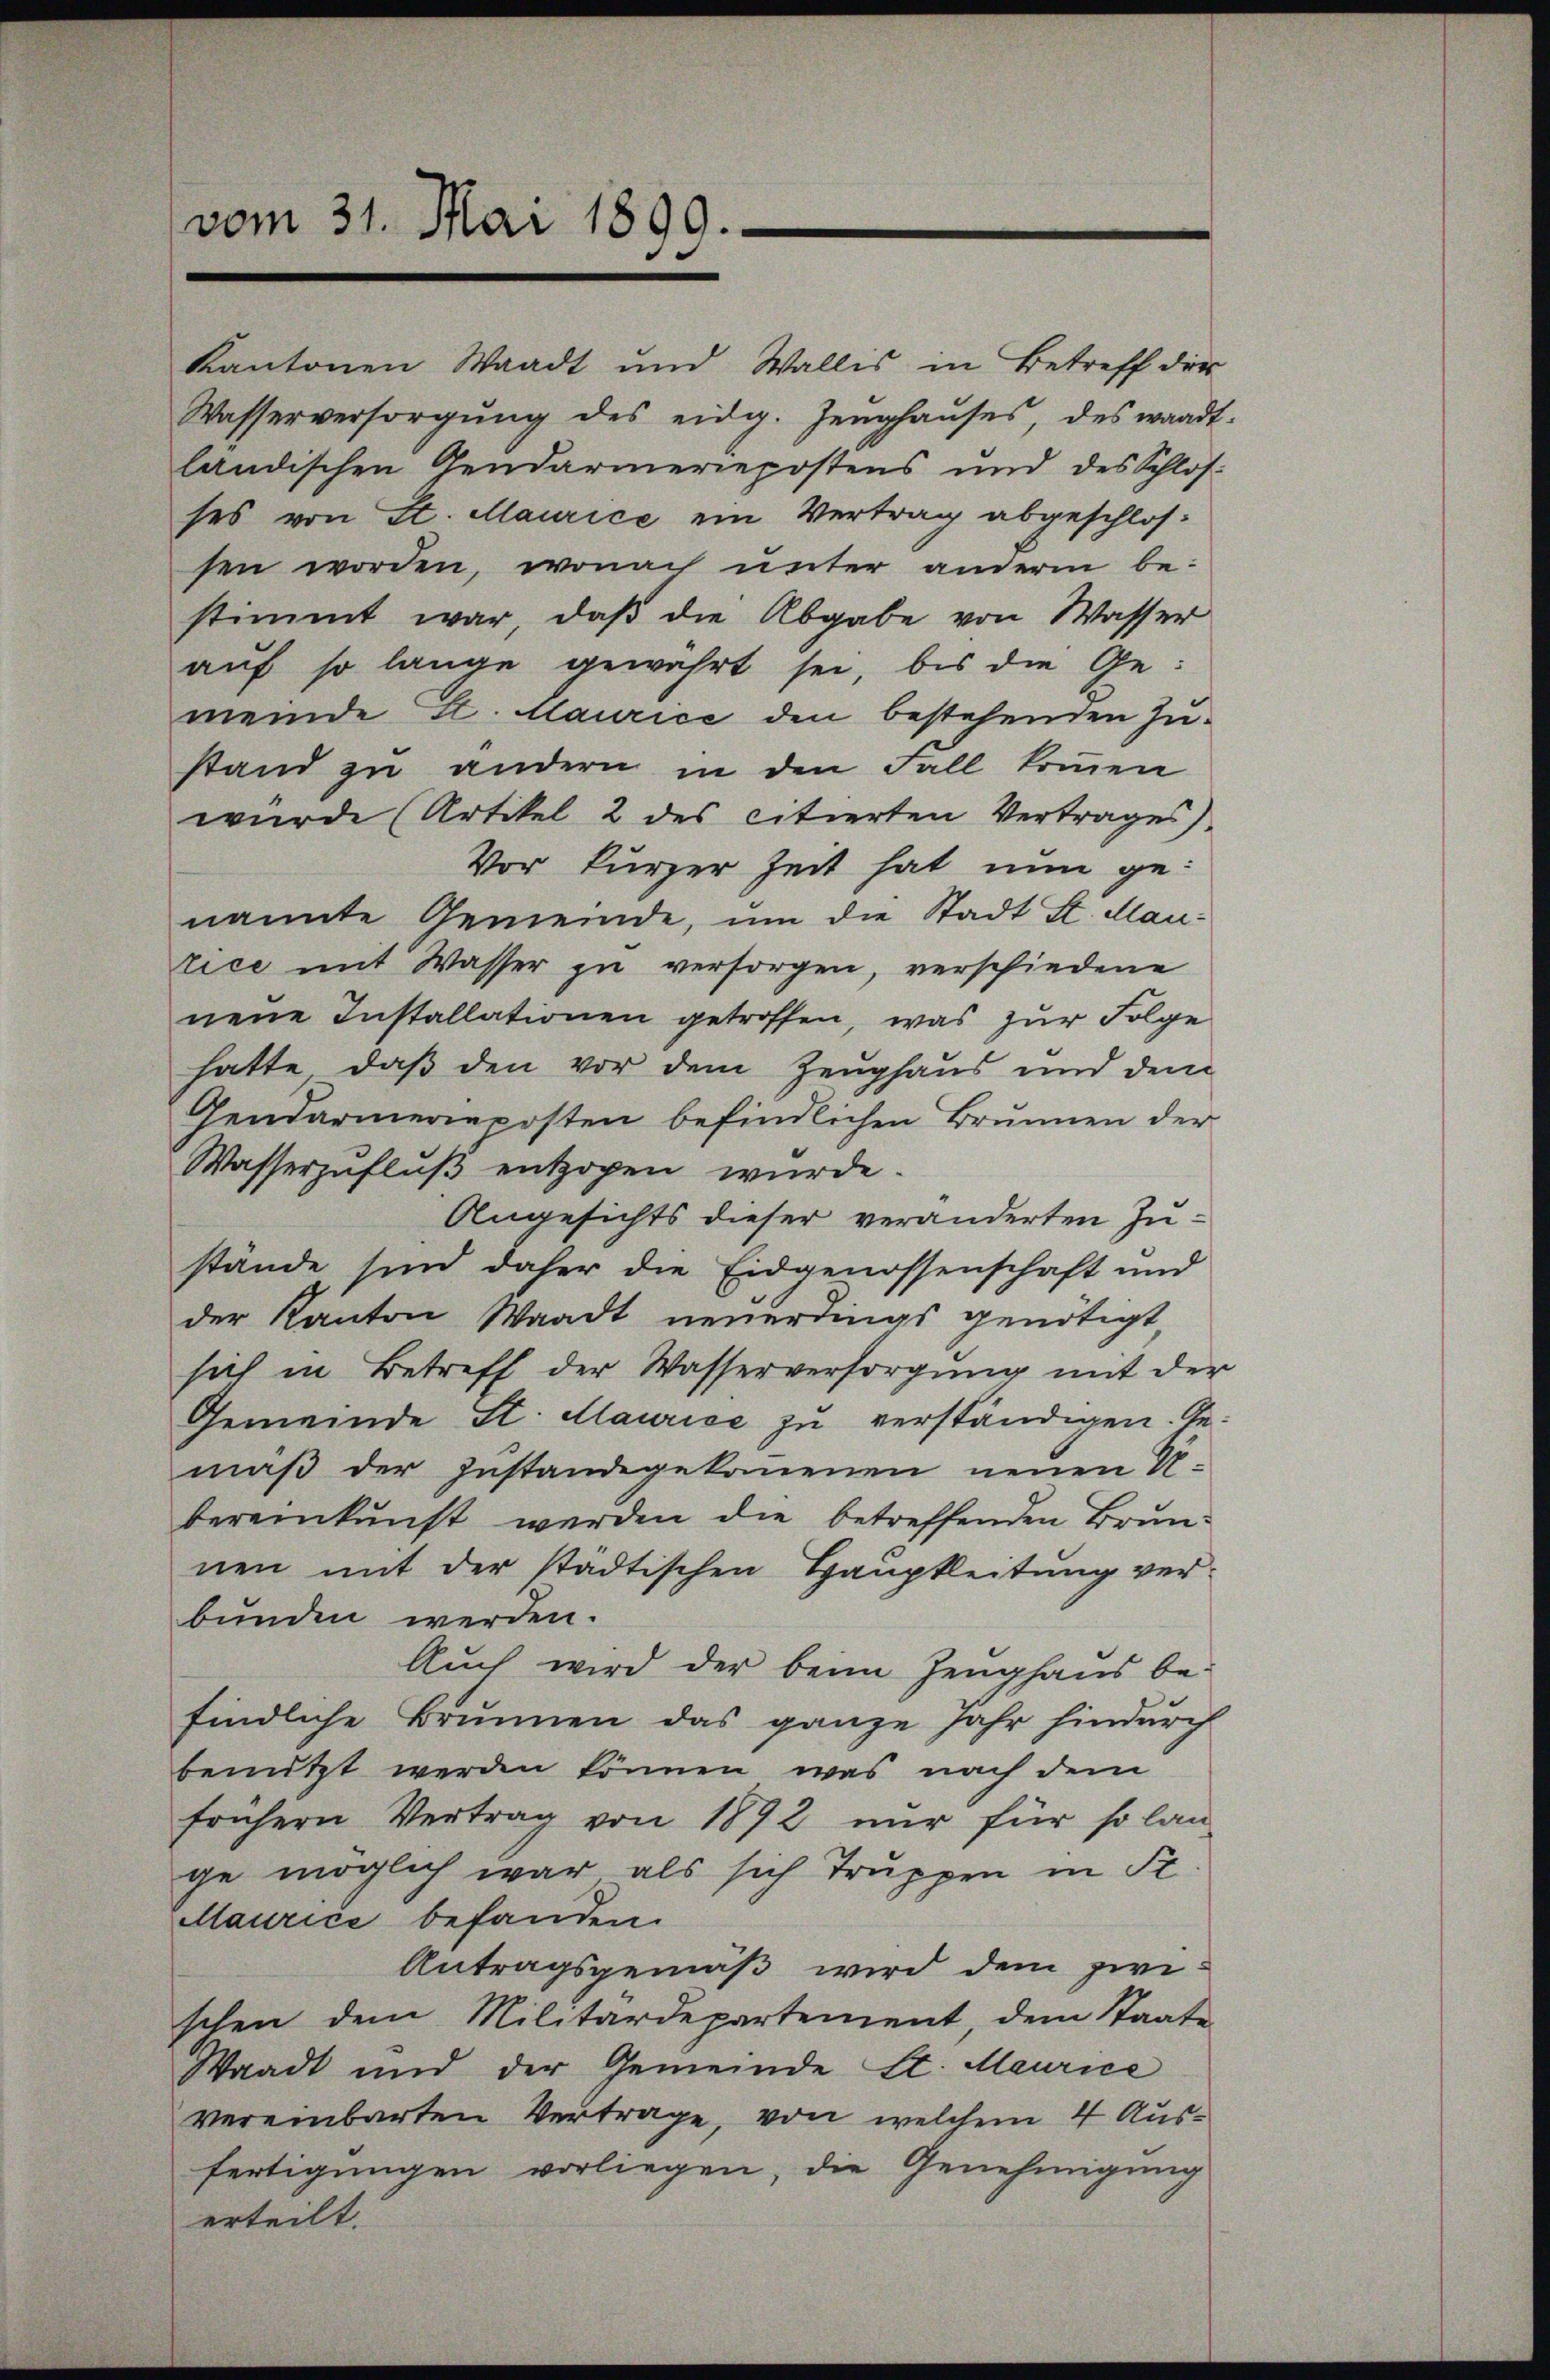
vom 31. Mai 1899.

Kantonen Waadt und Wallis in Betreff der
Wasserversorgŭng des eidg. Zeŭghaŭses, des wardt
ländischen Gendarmeriepostens und des Schlos-
ses von St. Maurice ein Vertrag abgeschlossen worden, wonach unter anderm bestimmt war, daβ die Abgabe von Wasser
auf so lange gewährt sei, bis die Gemeinde St. Maurice den bestehenden Zu-
stand zu andern in den Fall koṁen
wurde (Artikel 2 des citierten Vertrages
Vor kurzer Zeit hat nun genannte Gemeinde, um die Stadt St. Mautice mit Wasser zu versorgen, verschiedene
neue Installationen getroffen, was zur Folge
hatte, daß den vor dem Zeughaus und dem
Gendarmerieposten befindlichen Brunnen der
Wasserzufluß entzogen würde.
Angesichts dieser veränderten Zustande sind daher die Eidgenossenschaft und
der Kanton Waadt neuerdings genötigt
sich in Betreff der Wasserversorgŭng mit der
Gemeinde St. Maurice zu verständigen. Gemäß der Zustandegekommenen neuen U
bereinkunft werden die betreffenden Brunnen mit der städtischen Hauptleitung verbunden werden.
Auch wird der beim Zeughaus be-
findliche Brunnen das ganze Jahr hindurch
benutzt werden können, was nach dem
frühern Vertrag von 1892 nur für so lan
ge möglich war als sich Truppen in Sc
Maurice befanden.
Antragsgemäß wird dem zwischen dem Militärdepartement, dem Staate
Waadt und der Gemeinde St. Maurice
vereinbarten Vertrage, von welchem 4 Ausfertigungen vorliegen, die Genehmigung
erteilt.